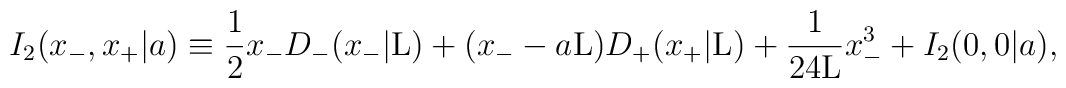
I_2(x_{-},x_{+}|a) \equiv \frac{1}{2} x_{-}D_{-}(x_{-}|{\rm L})+ (x_{-} - a{\rm L}) D_{+}(x_{+}|{\rm L}) + \frac{1}{24{\rm L}}x_{-}^3 + I_2(0,0|a),